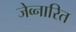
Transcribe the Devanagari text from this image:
जेव्नारित